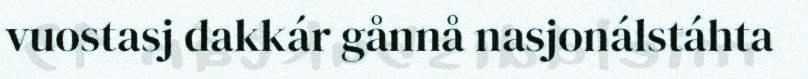
vuostasj dakkár gånnå nasjonálstáhta